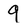
Character: 9